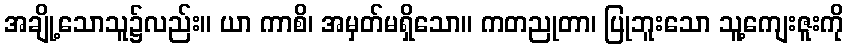
အချို့သောသူ၌လည်း။ ယာ ကာစိ၊ အမှတ်မရှိသော။ ကတညုတာ၊ ပြုဘူးသော သူ့ကျေးဇူးကို